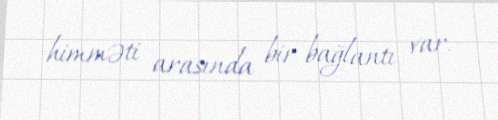
himməti arasında bir bağlantı var.